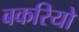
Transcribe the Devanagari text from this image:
बकरियो